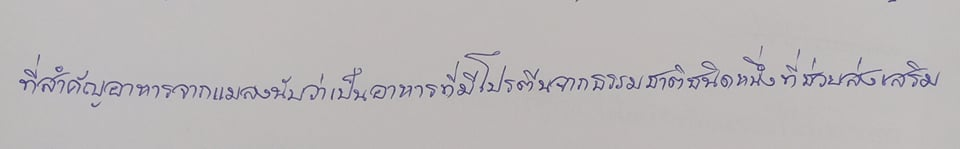
ที่สำคัญอาหารจากแมลงนับว่าเป็นอาหารที่มีโปรตีนจากธรรมชาติชนิดหนึ่งที่ช่วยส่งเสริม